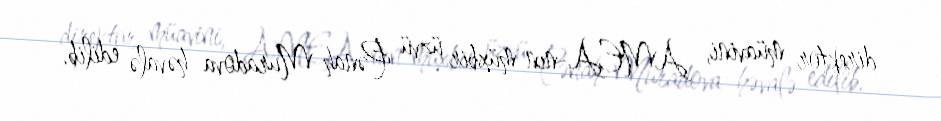
direktor müavini, AMEA-nın müxbir üzvü Pənah Muradova həvalə edilib.